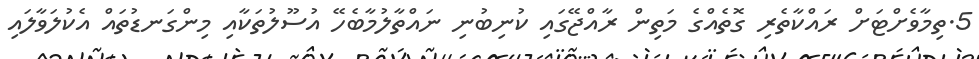
5.ތިމާވެށްޓަށް ރައްކާތެރި ގޮތެއްގެ މަތިން ރާއްޖޭގައި ކުނިބުނި ނައްތާލުމާބެހޭ އުސޫލުތަކާއި މިންގަނޑުތައް އެކުލަވާލައި